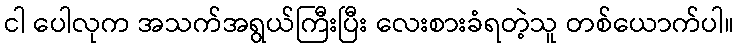
ငါ ပေါလုက အသက်အရွယ်ကြီးပြီး လေးစားခံရတဲ့သူ တစ်ယောက်ပါ။